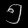
Digit: ၅